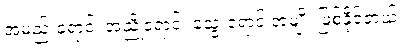
အမည်းရောင်၊ အညိုရောင်၊ သွေးရောင် အမျိုး ဖြစ်နိုင်တယ်။